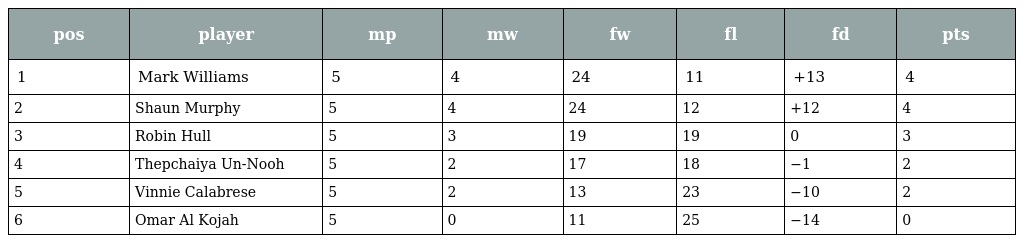
| pos | player | mp | mw | fw | fl | fd | pts |
 | --- | --- | --- | --- | --- | --- | --- | --- |
 | 1 | Mark Williams | 5 | 4 | 24 | 11 | +13 | 4 |
 | 2 | Shaun Murphy | 5 | 4 | 24 | 12 | +12 | 4 |
 | 3 | Robin Hull | 5 | 3 | 19 | 19 | 0 | 3 |
 | 4 | Thepchaiya Un-Nooh | 5 | 2 | 17 | 18 | −1 | 2 |
 | 5 | Vinnie Calabrese | 5 | 2 | 13 | 23 | −10 | 2 |
 | 6 | Omar Al Kojah | 5 | 0 | 11 | 25 | −14 | 0 |